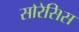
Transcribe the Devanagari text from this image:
सोरेसिस